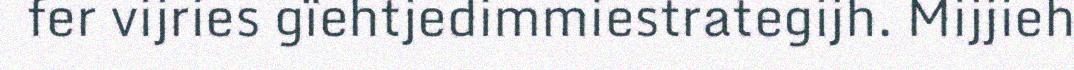
fer vijries gïehtjedimmiestrategijh. Mijjieh